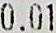
0.01